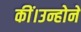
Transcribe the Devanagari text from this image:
कीं।उन्होने